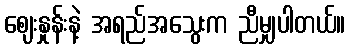
ဈေးနှုန်းနဲ့ အရည်အသွေးက ညီမျှပါတယ်။